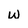
Character: w